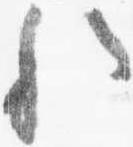
歟